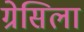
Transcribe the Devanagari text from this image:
ग्रेसिला